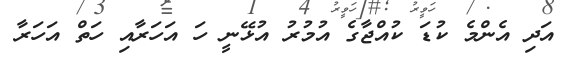
އަދި އެންމެ ކުޑަ ކުއްޖާގެ އުމުރު އުޅޭނީ ހަ އަހަރާއި ހަތް އަހަރާ